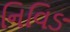
નિવિઙ